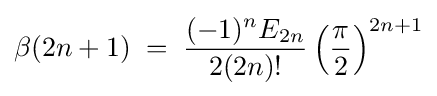
\beta (2n+1)\;=\;{\frac {(-1)^{n}E_{2n}}{2(2n)!}}\left({\frac {\pi }{2}}\right)^{2n+1}